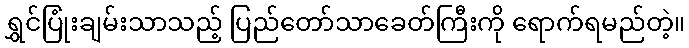
ရွှင်ပြုံးချမ်းသာသည့် ပြည်တော်သာခေတ်ကြီးကို ရောက်ရမည်တဲ့။